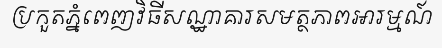
ប្រកួតភ្នំពេញវិធីសណ្ឋាគារសមត្ថភាពអារម្មណ៍